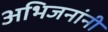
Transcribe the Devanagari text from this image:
अभिजनांनी